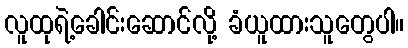
လူထုရဲ့ခေါင်းဆောင်လို့ ခံယူထားသူတွေပါ။